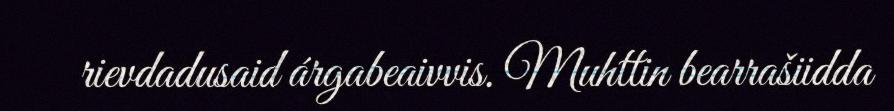
rievdadusaid árgabeaivvis. Muhttin bearrašiidda